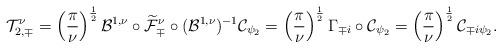
LaTeX: \begin{align*}\mathcal{T}^\nu_{2,\mp} = \left(\frac{\pi}{\nu}\right)^{\frac{1}{2}} \mathcal{B}^{1,\nu} \circ \widetilde{\mathcal{F}}^\nu_{\mp} \circ (\mathcal{B}^{1,\nu})^{-1} \mathcal{C}_{{\psi_2}} =\left(\frac{\pi}{\nu}\right)^{\frac{1}{2}} \Gamma_{{\mp}i} \circ \mathcal{C}_{{\psi_2}} =\left(\frac{\pi}{\nu}\right)^{\frac{1}{2}} \mathcal{C}_{{\mp}i{\psi_2}} .\end{align*}